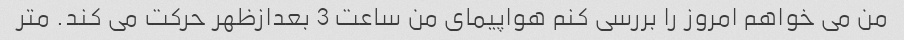
من می خواهم امروز را بررسی کنم هواپیمای من ساعت 3 بعدازظهر حرکت می کند. متر